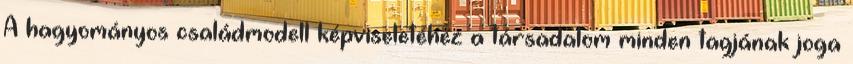
A hagyományos családmodell képviseletéhez a társadalom minden tagjának joga